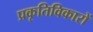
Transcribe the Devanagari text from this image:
प्रकृतिविकारों